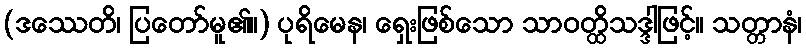
(ဒဿေတိ၊ ပြတော်မူ၏။) ပုရိမေန၊ ရှေးဖြစ်သော သာဝတ္ထိသဒ္ဒါဖြင့်။ သတ္တာနံ၊